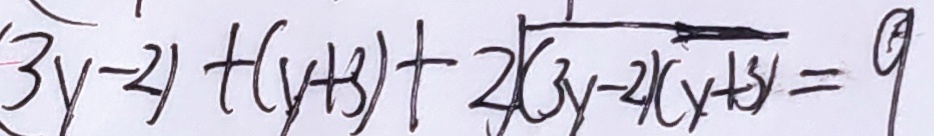
( 3 x - 2 ) + ( y + 3 ) + 2 \sqrt { ( 3 x - 2 ) ( y + 3 ) } = 9